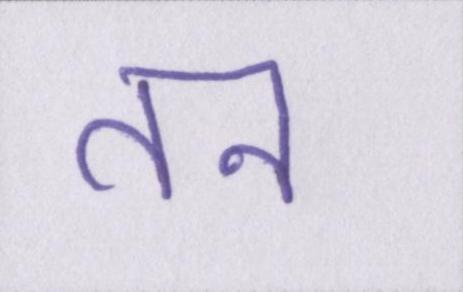
तन